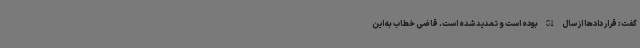
گفت: قرار دادها از سال 81 بوده است و تمدید شده است. قاضی خطاب به این